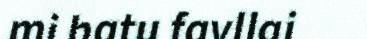
mi batu favllai